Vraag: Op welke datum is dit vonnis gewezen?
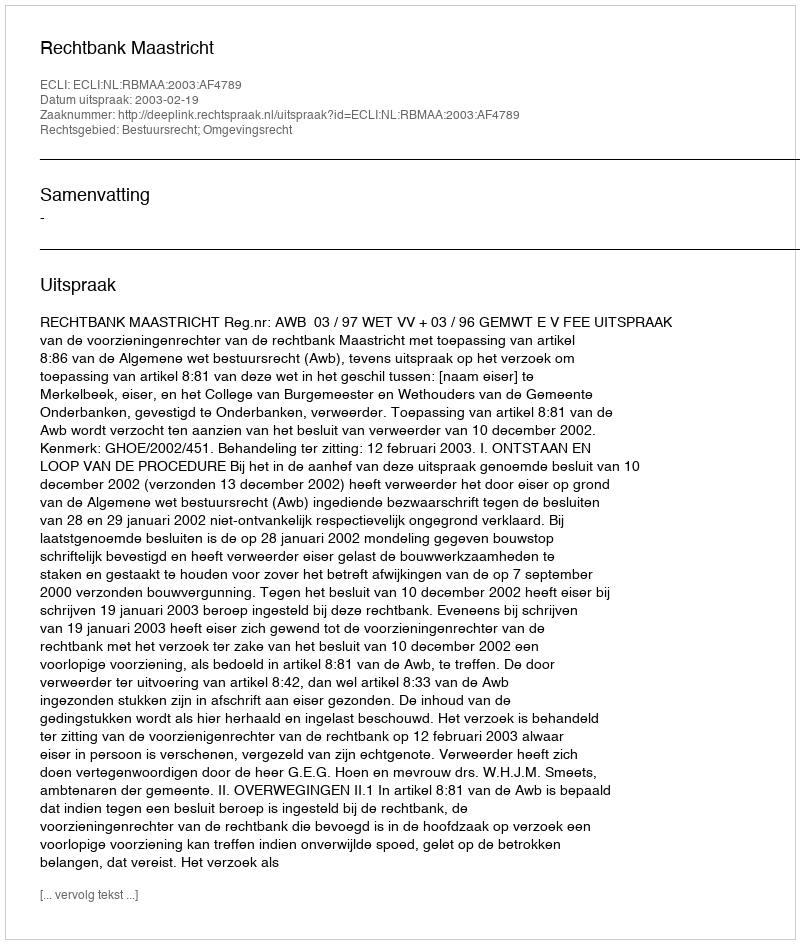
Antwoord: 2003-02-19